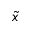
\tilde { x }